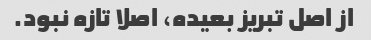
از اصل تبریز بعیده، اصلا تازه نبود.